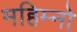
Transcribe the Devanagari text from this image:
महिम्नो